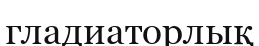
гладиаторлық